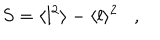
LaTeX: S = \langle l ^ { 2 } \rangle - \langle l \rangle ^ { 2 } \, \, \, \, \, , \, \, \, \, \,